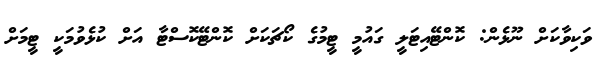
ވަކިވާކަށް ނޫޅެން: ކޮންޓޭއިޓަލީ ގައުމީ ޓީމުގެ ކޯޗަކަށް ކޮންޓޭކޮސްޓާ އަށް ކުޅެވުމަކީ ޓީމަށް